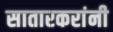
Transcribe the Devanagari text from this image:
सातारकरांनी